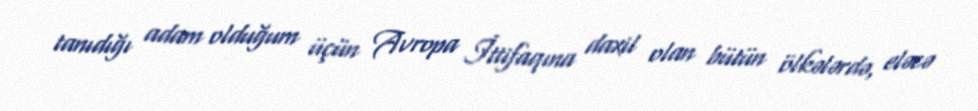
tanıdığı adam olduğum üçün Avropa İttifaqına daxil olan bütün ölkələrdə, eləcə